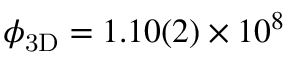
\ensuremath { \phi _ { \mathrm { 3 D } } } = 1 . 1 0 ( 2 ) \times 1 0 ^ { 8 }